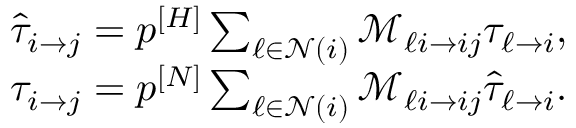
\begin{array} { l } { \hat { \tau } _ { i \rightarrow j } = p ^ { [ H ] } \sum _ { \ell \in \mathcal { N } ( i ) } \mathcal { M } _ { \ell i \rightarrow i j } \tau _ { \ell \rightarrow i } , } \\ { \tau _ { i \rightarrow j } = p ^ { [ N ] } \sum _ { \ell \in \mathcal { N } ( i ) } \mathcal { M } _ { \ell i \rightarrow i j } \hat { \tau } _ { \ell \rightarrow i } . } \end{array} { }